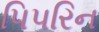
પિપરિન